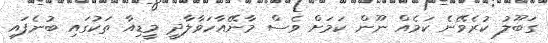
ގަބޫލު ކުރެވޭނެ ކަމެއް ނޫން ކަމަށް ވެސް މާނޭއާހަވާލާދީ މީޑިއާ ތަކުގައި ބުނެފައި